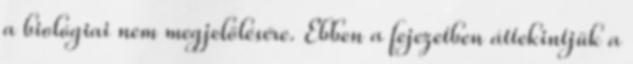
a biológiai nem megjelölésére. Ebben a fejezetben áttekintjük a